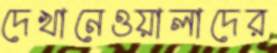
দেখানেওয়ালাদের